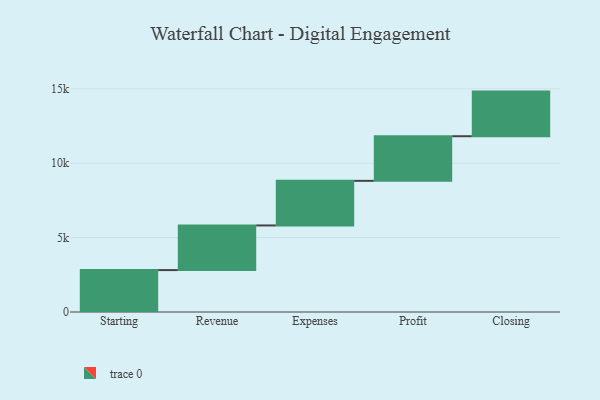
{"axis": {"x": "Step", "y": "Value"}, "legend": [""], "data": [{"x": "Starting", "y": 2818.0, "type": ""}, {"x": "Revenue", "y": 3000, "type": ""}, {"x": "Expenses", "y": 3000, "type": ""}, {"x": "Profit", "y": 3000, "type": ""}, {"x": "Closing", "y": 3000, "type": ""}]}